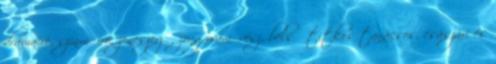
drámaíró, színműíró, zeneszerző, zongoraművész, belső titkos tanácsos, császári és